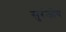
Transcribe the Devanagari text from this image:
सुरंजोय